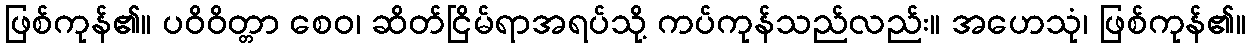
ဖြစ်ကုန်၏။ ပဝိဝိတ္တာ စေဝ၊ ဆိတ်ငြိမ်ရာအရပ်သို့ ကပ်ကုန်သည်လည်း။ အဟေသုံ၊ ဖြစ်ကုန်၏။